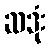
ဆဒုံး